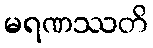
မရဏဿတိ